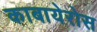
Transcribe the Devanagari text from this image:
काबायेरोस